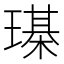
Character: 𤩒